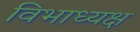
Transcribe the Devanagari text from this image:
विभाध्यक्ष